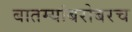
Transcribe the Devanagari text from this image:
बातम्यांबरोबरच